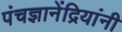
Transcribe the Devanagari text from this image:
पंचज्ञानेंद्रियांनी